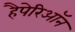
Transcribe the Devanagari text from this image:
हैपेरिऑन